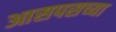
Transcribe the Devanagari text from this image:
आसपसच्या